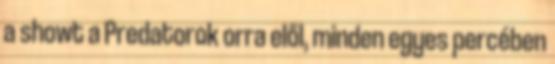
a showt a Predatorok orra elől, minden egyes percében